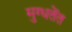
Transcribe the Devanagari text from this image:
मुग्धतेंत